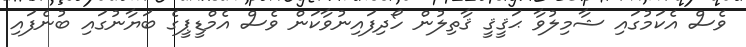
ވެސް އެކަމުގައި ޝާމިލުވާ ޙަޤީޤީ ޤާތިލުން ހޯދިފައިނުވާކަން ވެސް އެމްޑީޕީގެ ބަޔާނުގައި ބުނެފައި